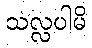
သလ္လပါမိ